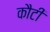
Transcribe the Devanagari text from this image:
कौटी